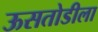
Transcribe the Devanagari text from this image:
ऊसतोडीला